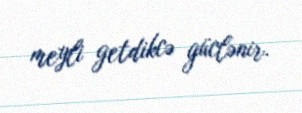
meyli getdikcə güclənir.